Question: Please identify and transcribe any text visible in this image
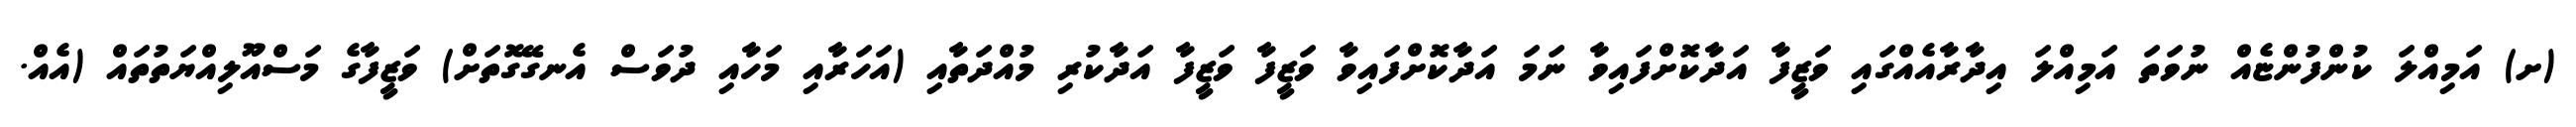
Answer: (ށ) އަމިއްލަ ކުންފުންޏެއް ނުވަތަ އަމިއްލަ އިދާރާއެއްގައި ވަޒީފާ އަދާކޮށްފައިވާ ނަމަ އަދާކޮށްފައިވާ ވަޒީފާ ވަޒީފާ އަދާކުރި މުއްދަތާއި (އަހަރާއި މަހާއި ދުވަސް އެނގޭގޮތަށް) ވަޒީފާގެ މަސްއޫލިއްޔަތުތައް (އެއް.